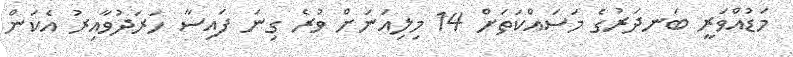
މަޑުއްވަރީ ބަނދަރުގެ މަސައްކަތަށް 14 މިލިއަނަށް ވުރެ ގިނަ ފައިސާ ހަރަދުވާއިރު އެކަން